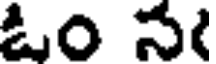
ఓం న